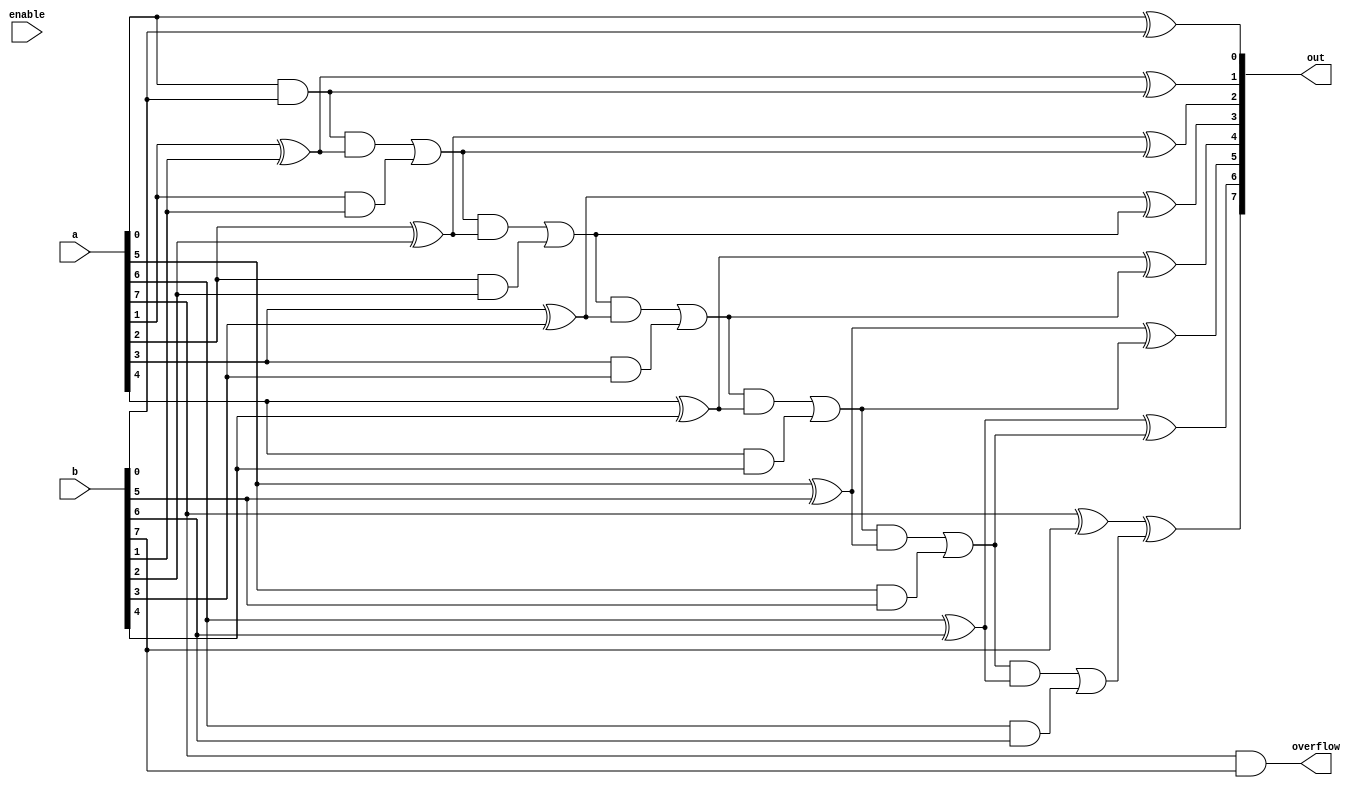
module adder#(parameter DATA_WID = 8)(a,b,enable,out,overflow);
	input [DATA_WID - 1:0] a, b;
	input enable;
	output[DATA_WID - 1:0] out;
	output overflow;

	wire [DATA_WID - 1: 0] g,p,c;
	wire [DATA_WID/2 - 1: 0] twobc;
	wire [DATA_WID/4 - 1: 0] fourbc;
	genvar i;

	for(i = 0; i < DATA_WID; i= i+1) begin
		assign g[i] = a[i]&b[i];
		assign p[i] = a[i]^b[i];
	end
	assign c[0] = g[0];
	assign out[0] = p[0];
	for(i = 1; i < DATA_WID; i= i+1) begin
		assign c[i] = (c[i-1]&p[i])|g[i];
		assign out[i] = p[i]^c[i-1];
	end
	assign overflow = g[DATA_WID-1];



endmodule // adder